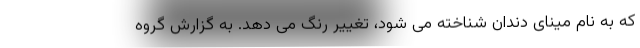
که به نام مینای دندان شناخته می شود، تغییر رنگ می دهد. به گزارش گروه